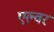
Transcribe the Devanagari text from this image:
एल्वर